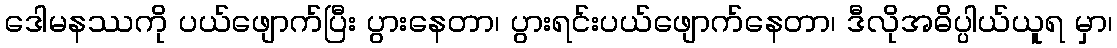
ဒေါမနဿကို ပယ်ဖျောက်ပြီး ပွားနေတာ၊ ပွားရင်းပယ်ဖျောက်နေတာ၊ ဒီလိုအဓိပ္ပါယ်ယူရ မှာ၊